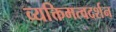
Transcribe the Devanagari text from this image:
व्यक्तिमत्वदर्शन